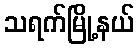
သရက်မြို့နယ်